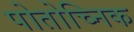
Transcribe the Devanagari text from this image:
पोतोच्निक